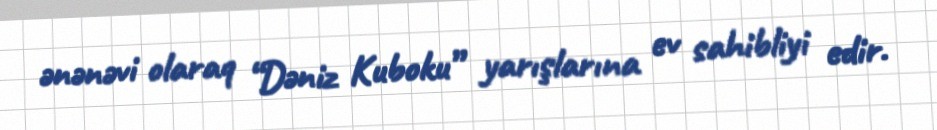
ənənəvi olaraq “Dəniz Kuboku” yarışlarına ev sahibliyi edir.